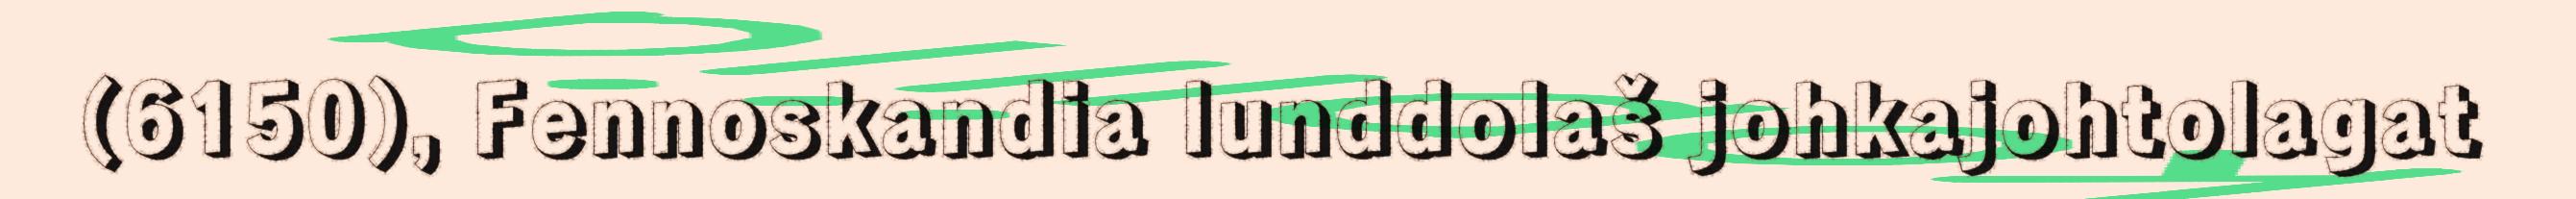
(6150), Fennoskandia lunddolaš johkajohtolagat